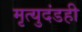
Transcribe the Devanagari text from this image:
मृत्युदंडही